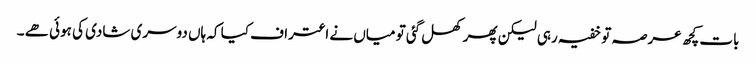
بات کچھ عرصہ تو خفیہ رہی لیکن پھر کھل گئی تو میاں نے اعتراف کیا کہ ہاں دوسری شادی کی ہوئی ھے ۔